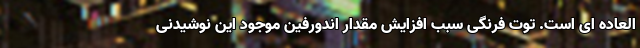
العاده ای است. توت فرنگی سبب افزایش مقدار اندورفین موجود این نوشیدنی